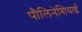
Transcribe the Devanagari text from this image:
पौलिनेशियाई